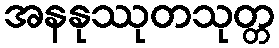
အနနုဿုတသုတ္တ